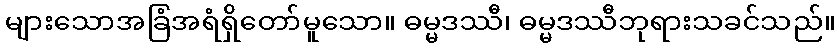
များသောအခြံအရံရှိတော်မူသော။ ဓမ္မဒဿီ၊ ဓမ္မဒဿီဘုရားသခင်သည်။